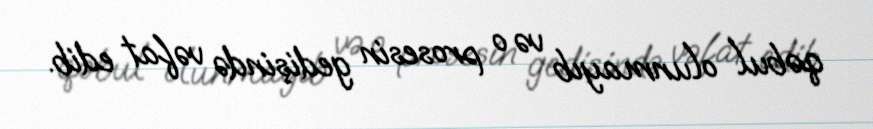
qəbul olunmayıb və o prosesin gedişində vəfat edib.